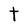
Character: t